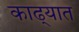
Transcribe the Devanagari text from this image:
काढ्यात